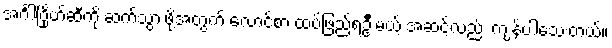
အင်္ဂါဂြိုဟ်ဆီကို ဆက်သွားဖို့အတွက် လောင်စာ ထပ်ဖြည့်ရဦးမယ့် အဆင့်လည်း ကျန်ပါသေးတယ်။